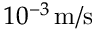
1 0 ^ { - 3 } \, \mathrm { m } / \mathrm { s }